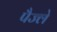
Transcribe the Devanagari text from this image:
पैज्ले